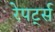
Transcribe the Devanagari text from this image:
रेपर्ट्स